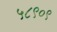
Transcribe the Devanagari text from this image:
५८९०९